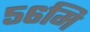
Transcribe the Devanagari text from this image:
५६मि